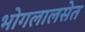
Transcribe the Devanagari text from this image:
भोगलालसेत